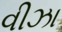
વીઝા